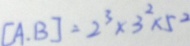
[ A , B ] = 2 ^ { 3 } \times 3 ^ { 2 } \times 5 ^ { 2 }